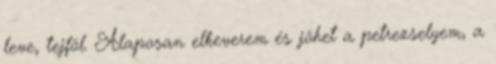
leve, tejföl. Alaposan elkeverem és jöhet a petrezselyem, a